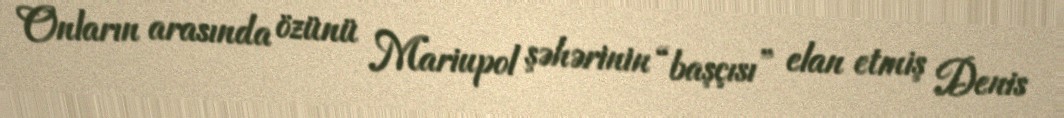
Onların arasında özünü Mariupol şəhərinin “başçısı” elan etmiş Denis